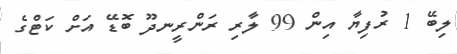
ލިބޭ 1 ރުފިޔާ އިން 99 ލާރި ރަންރީނދޫ ބޮޑޭ އަށް ކަޓްގެ